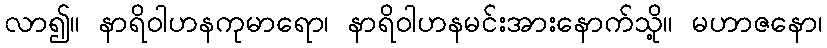
လာ၍။ နာရိဝါဟနကုမာရော၊ နာရိဝါဟနမင်းအားနောက်သို့။ မဟာဇနော၊